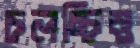
চলচ্চিত্ত